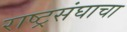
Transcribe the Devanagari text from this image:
राष्ट्रसंघाचा